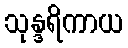
သုန္ဒရိကာယ